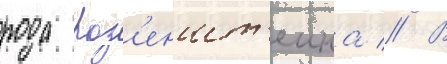
рода роз'еншт'еина // В